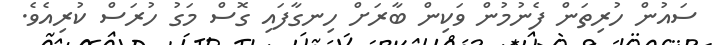
ސައުން ހުރިތަން ފެނުމުން ވަކިން ބާރަށް ހިނގާފައި ގޮސް މަގު ހުރަސް ކުރިއެވެ.